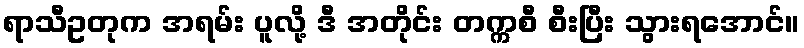
ရာသီဥတုက အရမ်း ပူလို့ ဒီ အတိုင်း တက္ကစီ စီးပြီး သွားရအောင်။